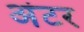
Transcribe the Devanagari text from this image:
अंटर